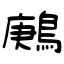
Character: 鶊